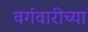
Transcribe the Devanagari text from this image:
वर्गवारीच्या